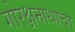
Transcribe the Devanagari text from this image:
गोरक्षनाथाचा